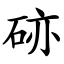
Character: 硛